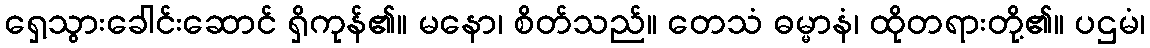
ရှေ့သွားခေါင်းဆောင် ရှိကုန်၏။ မနော၊ စိတ်သည်။ တေသံ ဓမ္မာနံ၊ ထိုတရားတို့၏။ ပဌမံ၊